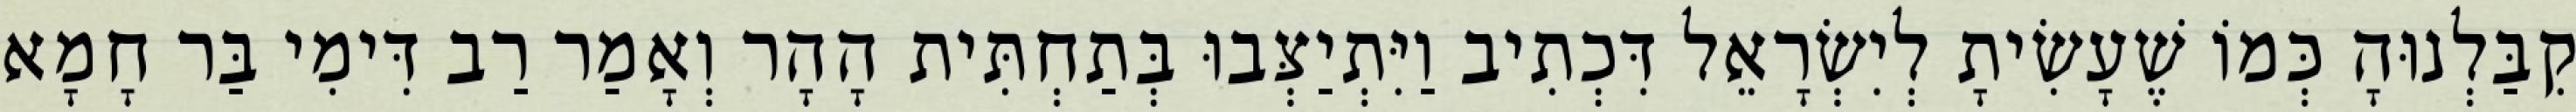
קִבַּלְנוּהָ כְּמוֹ שֶׁעָשִׂיתָ לְיִשְׂרָאֵל דִּכְתִיב וַיִּתְיַצְּבוּ בְּתַחְתִּית הָהָר וְאָמַר רַב דִּימִי בַּר חָמָא